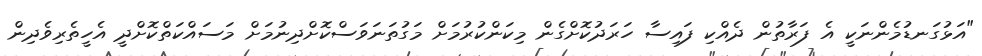
"އަޅުގަނޑުމެންނަކީ އެ ފަރާތުން ދެއްކި ފައިސާ ހަރަދުކޮށްގެން މިކަންކުރުމަށް މަގުތަނަވަސްކޮށްދިނުމަށް މަސައްކަތްކޮށްދީ އެހީތެރިވެދިން